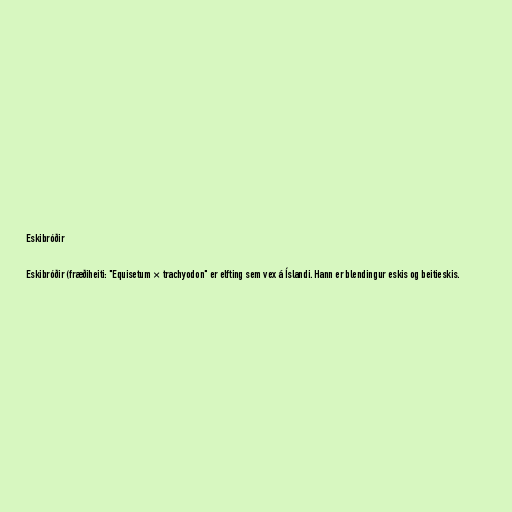
Eskibróðir

Eskibróðir (fræðiheiti: "Equisetum × trachyodon" er elfting sem vex á Íslandi. Hann er blendingur eskis og beitieskis.